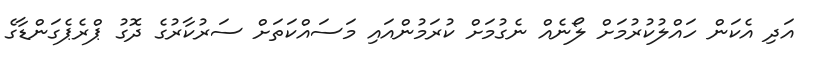
އަދި އެކަން ހައްލުކުރުމަށް ލޯނެއް ނެގުމަށް ކުރަމުންއައި މަސައްކަތަށް ސަރުކާރުގެ ދޮގު ޕްރެޕެގަންޑާގެ